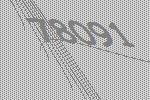
78091